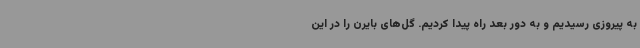
به پیروزی رسیدیم و به دور بعد راه پیدا کردیم. گل‌های بایرن را در این